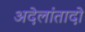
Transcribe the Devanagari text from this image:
अदेलांतादो